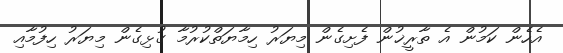
އެހެން ކަމުން އެ ތާރީޚުން ފެށިގެން މިޔަރު ހިމާޔަތްކުރުމާ ގުޅިގެން މިޔަރު ހިފުމާއި